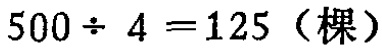
\(500\div 4 = 125 \text{（棵）}\)